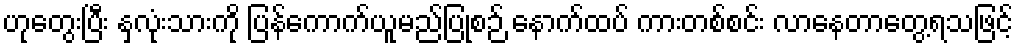
ဟုတွေးပြီး နှလုံးသားကို ပြန်ကောက်ယူမည်ပြုစဉ် နောက်ထပ် ကားတစ်စင်း လာနေတာတွေ့ရသဖြင့်